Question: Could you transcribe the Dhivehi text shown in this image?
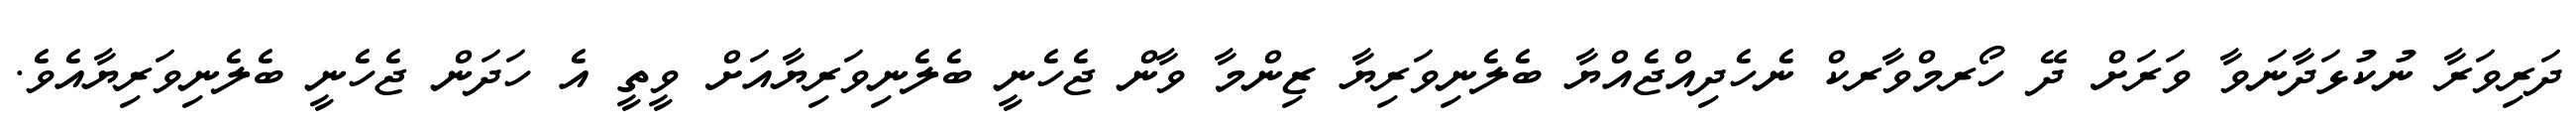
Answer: ދަރިވަރާ ނުކުޅަދާނަވާ ވަރަށް ދޭ ހޯރމްވާރކް ނެހެދިއްޖެއްޔާ ބެލެނިވަރިޔާ ޒިންމާ ވާން ޖެހެނީ ބެލެނިވަރިޔާއަށް ވީތީ އެ ހަދަން ޖެހެނީ ބެލެނިވަރިޔާއެވެ.